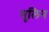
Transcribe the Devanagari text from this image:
मुलिन